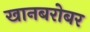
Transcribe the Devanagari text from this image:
खानबरोबर